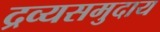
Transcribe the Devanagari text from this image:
द्रव्यसमुदाय